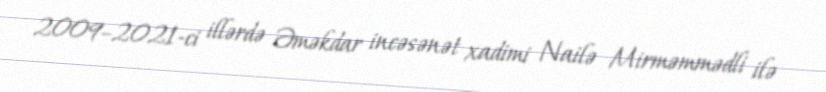
2009–2021-ci illərdə Əməkdar incəsənət xadimi Nailə Mirməmmədli ilə